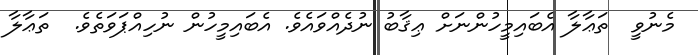
މެނުވީ  ތަޢާލާ އެބައިމީހުންނަށް ޢިޤާބު ނުދެއްވައެވެ. އެބައިމީހުން ނުހިއްޕަވަތެވެ.  ތަޢާލާ